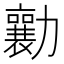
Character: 勷